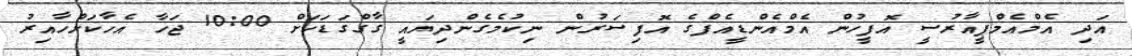
އަދި އެމްއެމްޕީއާރުުސީ އޮފީހުން އެމްއެންޑީއެފްގެ އޮފިސަރުން ނިކުމެގެންދިޔައީ ގާގްގަޑަކަށް 10:00 ޖަހާ އެހާކަށްހާއިރު